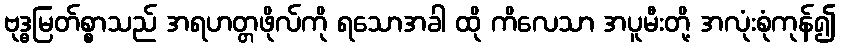
ဗုဒ္ဓမြတ်စ္စာသည် အရဟတ္တဖိုလ်ကို ရသောအခါ ထို ကိလေသာ အပူမီးတို့ အလုံးစုံကုန်၍